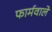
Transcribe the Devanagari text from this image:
फार्मवाले